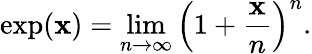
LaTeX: \exp(\mathbf{x})=\operatorname*{lim}_{n\to\infty}\left(1+{\frac{{\mathbf{x}}}{{n}}}\right)^{n}.